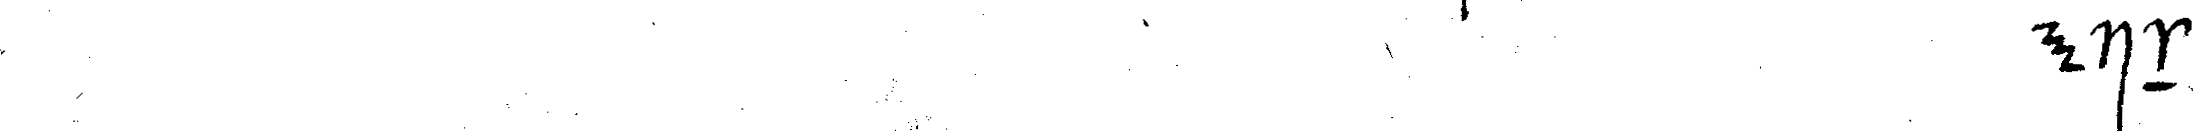
# ein